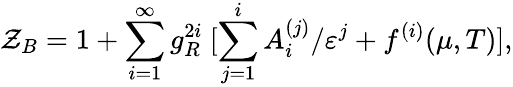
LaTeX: \mathcal{Z}_{B}=1+\sum_{i=1}^{\infty}g_{R}^{2i}\ [\sum_{j=1}^{i}A_{i}^{(j)}/\varepsilon^{j}+f^{(i)}(\mu,T)],